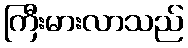
ကြီးမားလာသည်